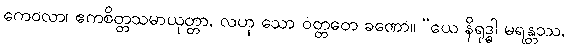
ကေဝလာ၊ ဧကစိတ္တသမာယုတ္တာ, လဟု သော ဝတ္တတေ ခဏော။ “ယေ နိရုဒ္ဓါ မရန္တဿ,